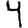
Digit: 4